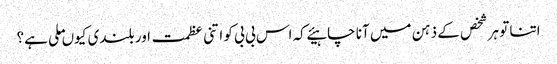
اتنا تو ہر شخص کے ذہن میں آنا چاہیئے کہ اس بی بی کو اتنی عظمت اور بلندی کیوں ملی ہے؟